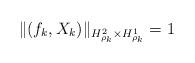
LaTeX: \begin{align*} \|(f_k, X_k)\|_{H^2_{\rho_k}\times H^1_{\rho_k}}=1 \end{align*}